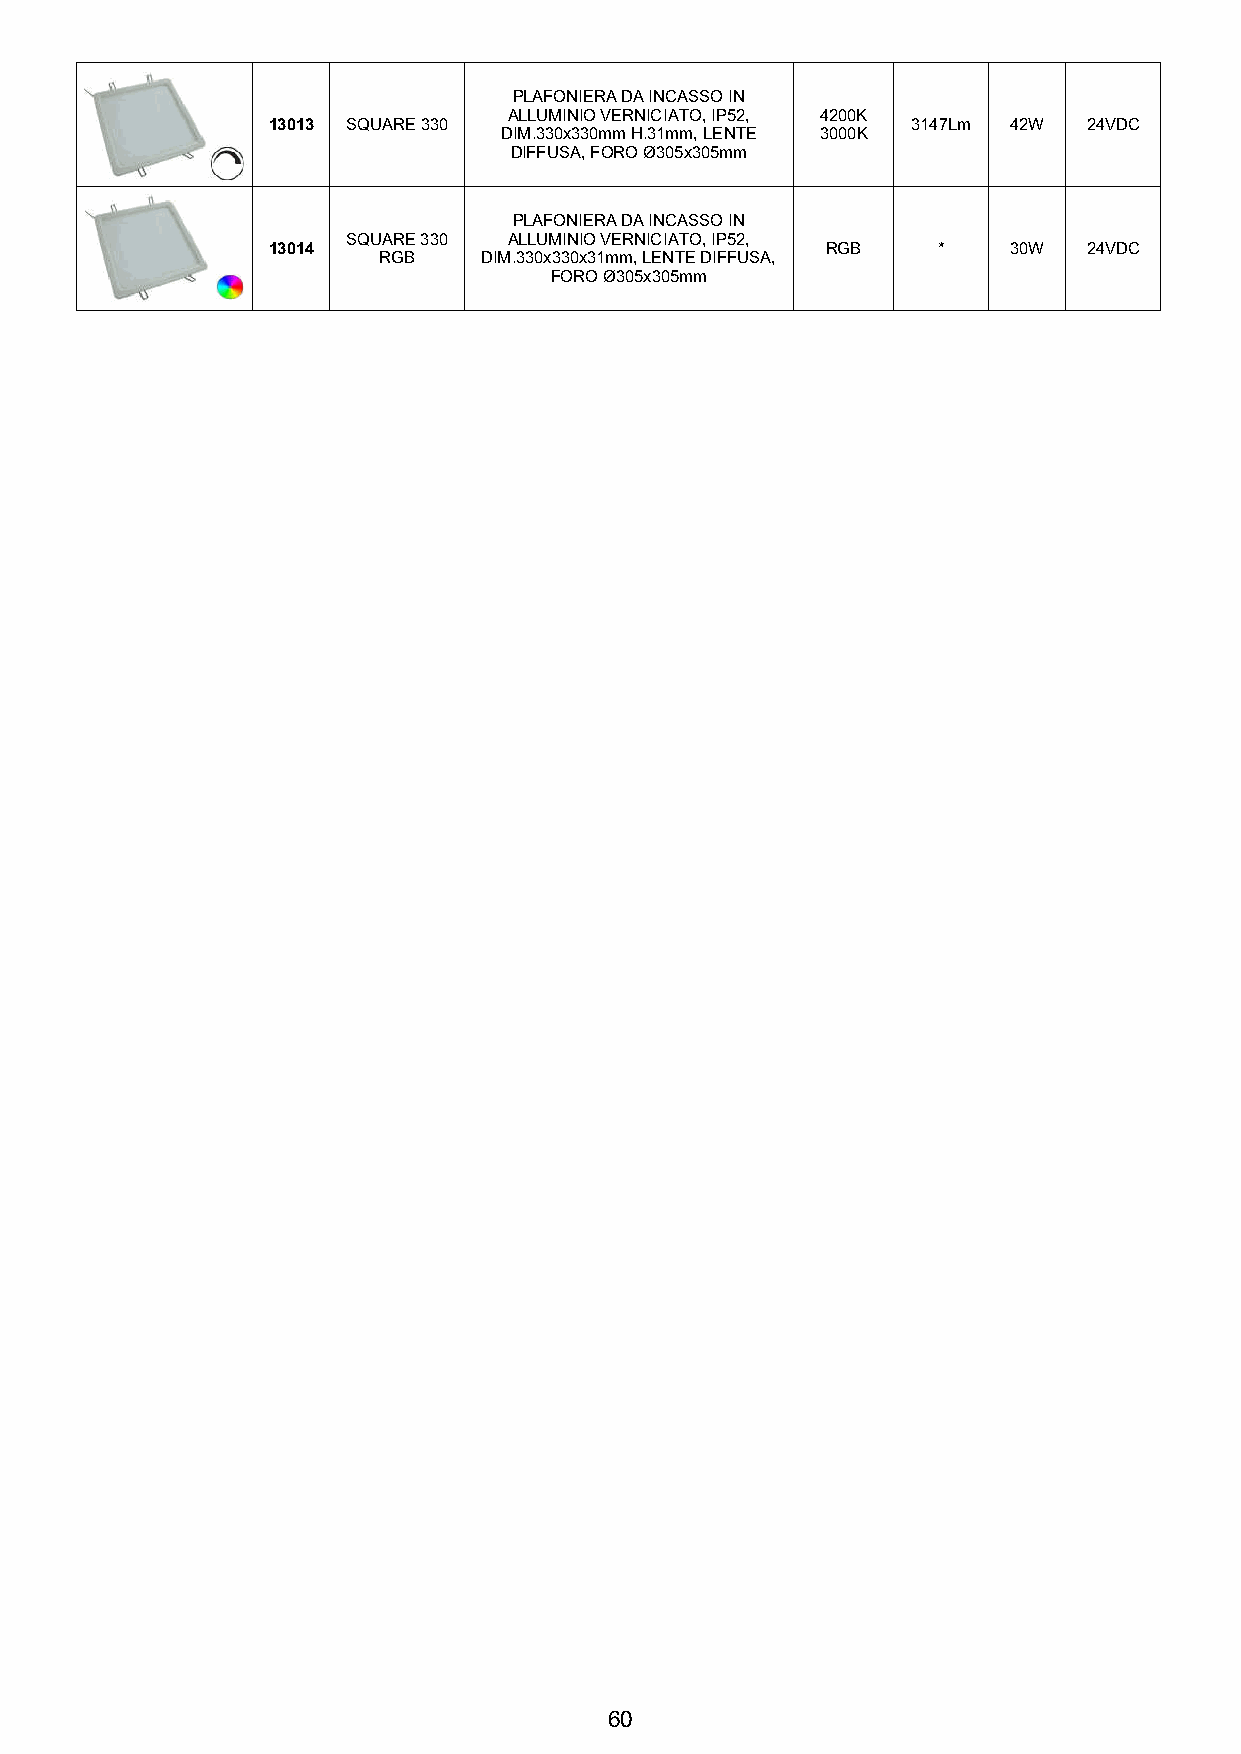
PLAFONIERA DA INCASSO IN
 ALLUMINIO VERNICIATO, IP52, 4200K
 13013 SQUARE 330                          3147Lm 42W  24VDC
 DIM.330x330mm H.31mm, LENTE 3000K
 DIFFUSA, FORO Ø305x305mm
 PLAFONIERA DA INCASSO IN
 SQUARE 330 ALLUMINIO VERNICIATO, IP52,
 13014                                RGB    *    30W  24VDC
 RGB    DIM.330x330x31mm, LENTE DIFFUSA,
 FORO Ø305x305mm
 60